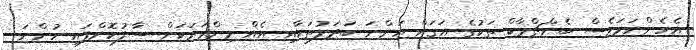
އެހެންނަމަވެސް ބެންޗްމާކް ތަކުގެ އަގަށް އަންނަ ބަދަލުތަކާއި އެއް މިންވަރަކަށް ސާފުކޮށްފައި ހުންނަ